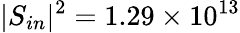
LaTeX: |S_{in}|^{2}=1.29\times 10^{13}